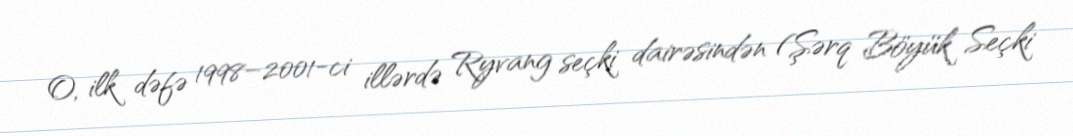
O, ilk dəfə 1998–2001-ci illərdə Ryvang seçki dairəsindən (Şərq Böyük Seçki